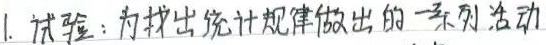
1. 试验：为找出统计规律做出的一系列活动